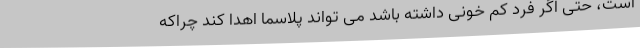
است، حتی اگر فرد کم خونی داشته باشد می تواند پلاسما اهدا کند چراکه